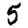
Digit: 5